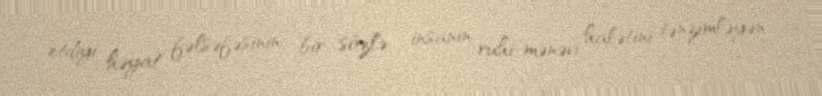
etdiyi həyat fəlsəfəsinin, bir sözlə - insanın ruhi-mənəvi halətini tənzimləyən